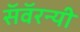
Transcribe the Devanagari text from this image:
सॅवॅरन्यी